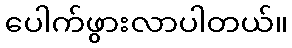
ပေါက်ဖွားလာပါတယ်။